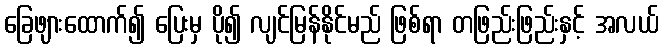
ခြေဖျားထောက်၍ ပြေးမှ ပို၍ လျင်မြန်နိုင်မည် ဖြစ်ရာ တဖြည်းဖြည်းနှင့် အလယ်